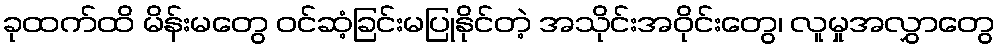
ခုထက်ထိ မိန်းမတွေ ဝင်ဆံ့ခြင်းမပြုနိုင်တဲ့ အသိုင်းအဝိုင်းတွေ၊ လူမှုအလွှာတွေ